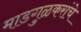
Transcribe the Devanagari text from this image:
माडगुळकरांचे